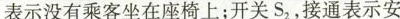
表示没有乘客坐在座椅上；开关S_{2}，接通表示安